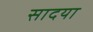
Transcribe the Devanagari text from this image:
सादया